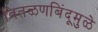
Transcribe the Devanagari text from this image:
वितळणबिंदूमुळे